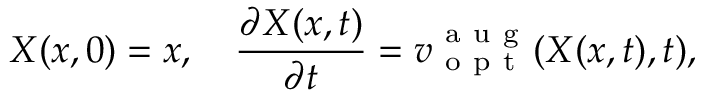
X ( x , 0 ) = x , \quad \frac { \partial X ( x , t ) } { \partial t } = v _ { \mathrm { ~ o ~ p ~ t ~ } } ^ { \mathrm { ~ a ~ u ~ g ~ } } ( X ( x , t ) , t ) ,